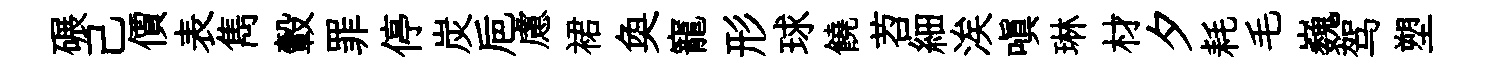
碾己價表雋轂罪停炭巵慮裙奐寵形球饒苕細涘嗔琳材夕耗毛巍驾塑